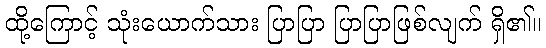
ထို့ကြောင့် သုံးယောက်သား ပြာပြာ ပြာပြာဖြစ်လျက် ရှိ၏။